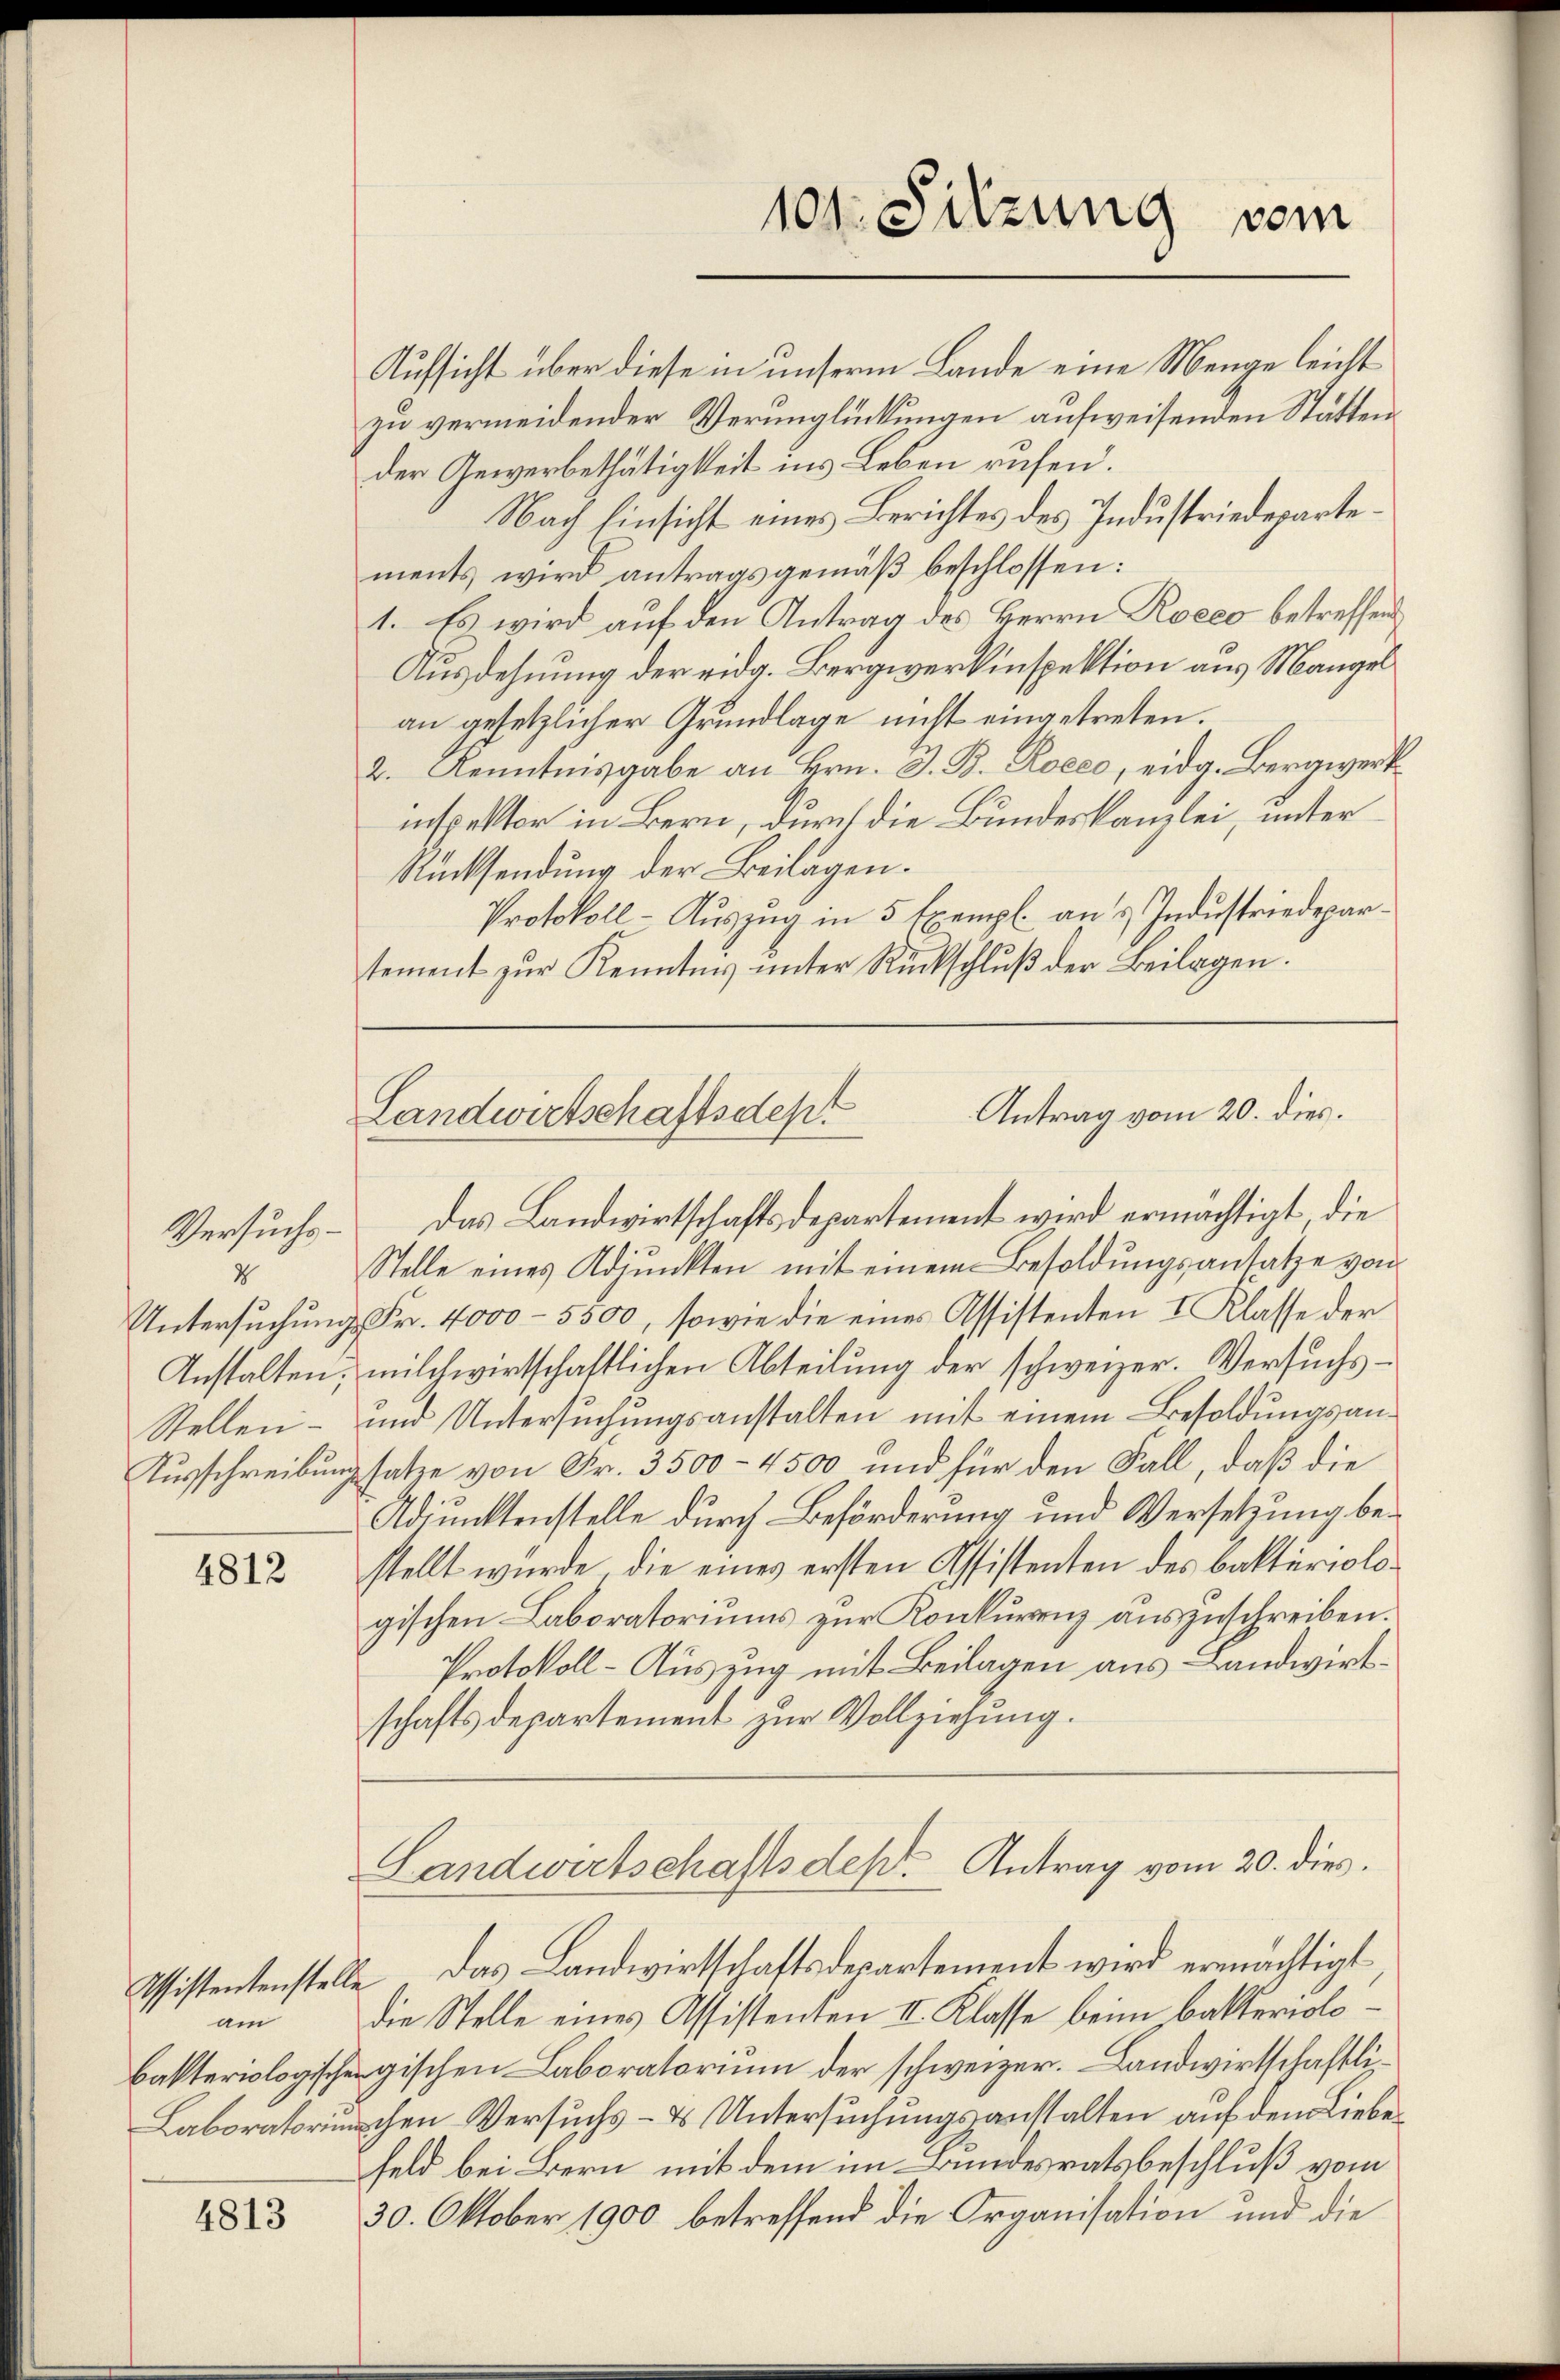
Versuchs¬
2
Anstalten;
Stellen.
Ausschreibung

4812

am

4813

Aufsicht über diese in unserm Lande eine Menge leicht
zu vermeidender Verunglückungen aufweisenden Stättender Gewerbethätigkeit ins Leben rufen.
Nach Einsicht eines Berichtes des Industriedepartements wird antragsgemäß beschlossen:
1. Es wird auf den Antrag des Herrn Roeco betreffen
Ausdehnung der eidg. Bergiverkinspektion aus Mangel
an gesetzlicher Grundlage nicht eingetreten.
2. Kenntnisgabe an Hrn. J. B. Roeco, eidg. Bergwerkinspektor in Bern, durch die Bundeskanzlei, unter
Rücksendung der Beilagen.
Protokoll-Auszug in 5 Exempl. an & Industriedepartement zur Kenntnis unter Rückschluß der Beilagen.
Das Landwirtschaftsdepartement wird ermächtigt die
Stelle eines Adjunkten mit einem Besoldungsansätze von
Untersuchung Fr. 4000 - 5500, sowie die eines Assistenten I Klasse der
milchwirtschaftlichen Abteilung der schweizer. Versuchs¬
und Untersuchungsanstalten mit einem Besoldungsansatze von Fr. 3500 - 4500 und für den Fall, daß die
Adjunktenstelle durch Beförderung und Versetzung bestellt wurde, die eines ersten Assistenten des bakturiologischen Laboratoriums zur Konkurrenz auszuschreiben.
Protokoll- Auszug mit Beilagen aus Landwirtschaftsdepartement zur Vollziehung.
Landwirtschaftsdeß. Antrag vom 20. dies
Tsistentenstelle das Landwirtschaftsdepartement wird ermächtigt,
die Stelle eines Assistenten II. Klasse beim Batteriolobakteriologischergischen Laboratorium der schweizer. Landwirtschaftli¬
Laboratorumchen Versuchs - es Untersuchungsanstalten auf den Liebe
feld bei Bern mit dem im Bundesratsbeschluß vom
30. Oktober 1900 betreffend die Organisation und die

104. Sitzung vom

Antrag vom 20. dies.
Landwirtschaftsdept